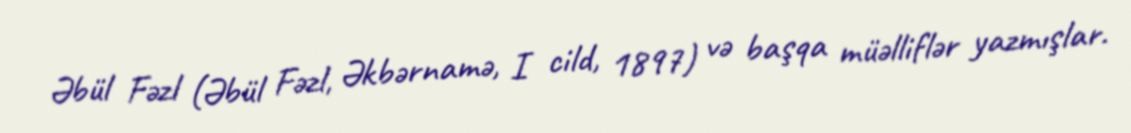
Əbül Fəzl (Əbül Fəzl, Əkbərnamə, I cild, 1897) və başqa müəlliflər yazmışlar.